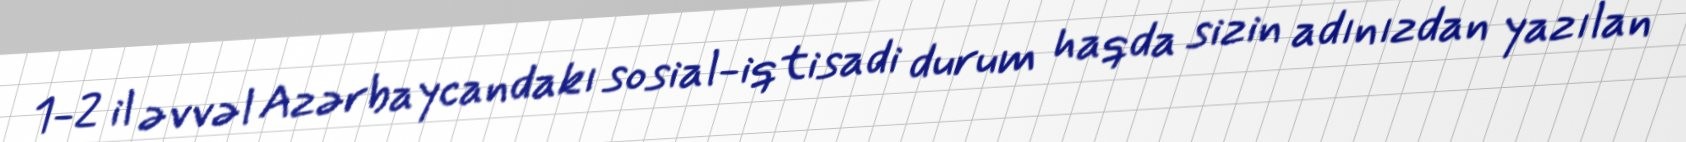
1-2 il əvvəl Azərbaycandakı sosial-iqtisadi durum haqda sizin adınızdan yazılan